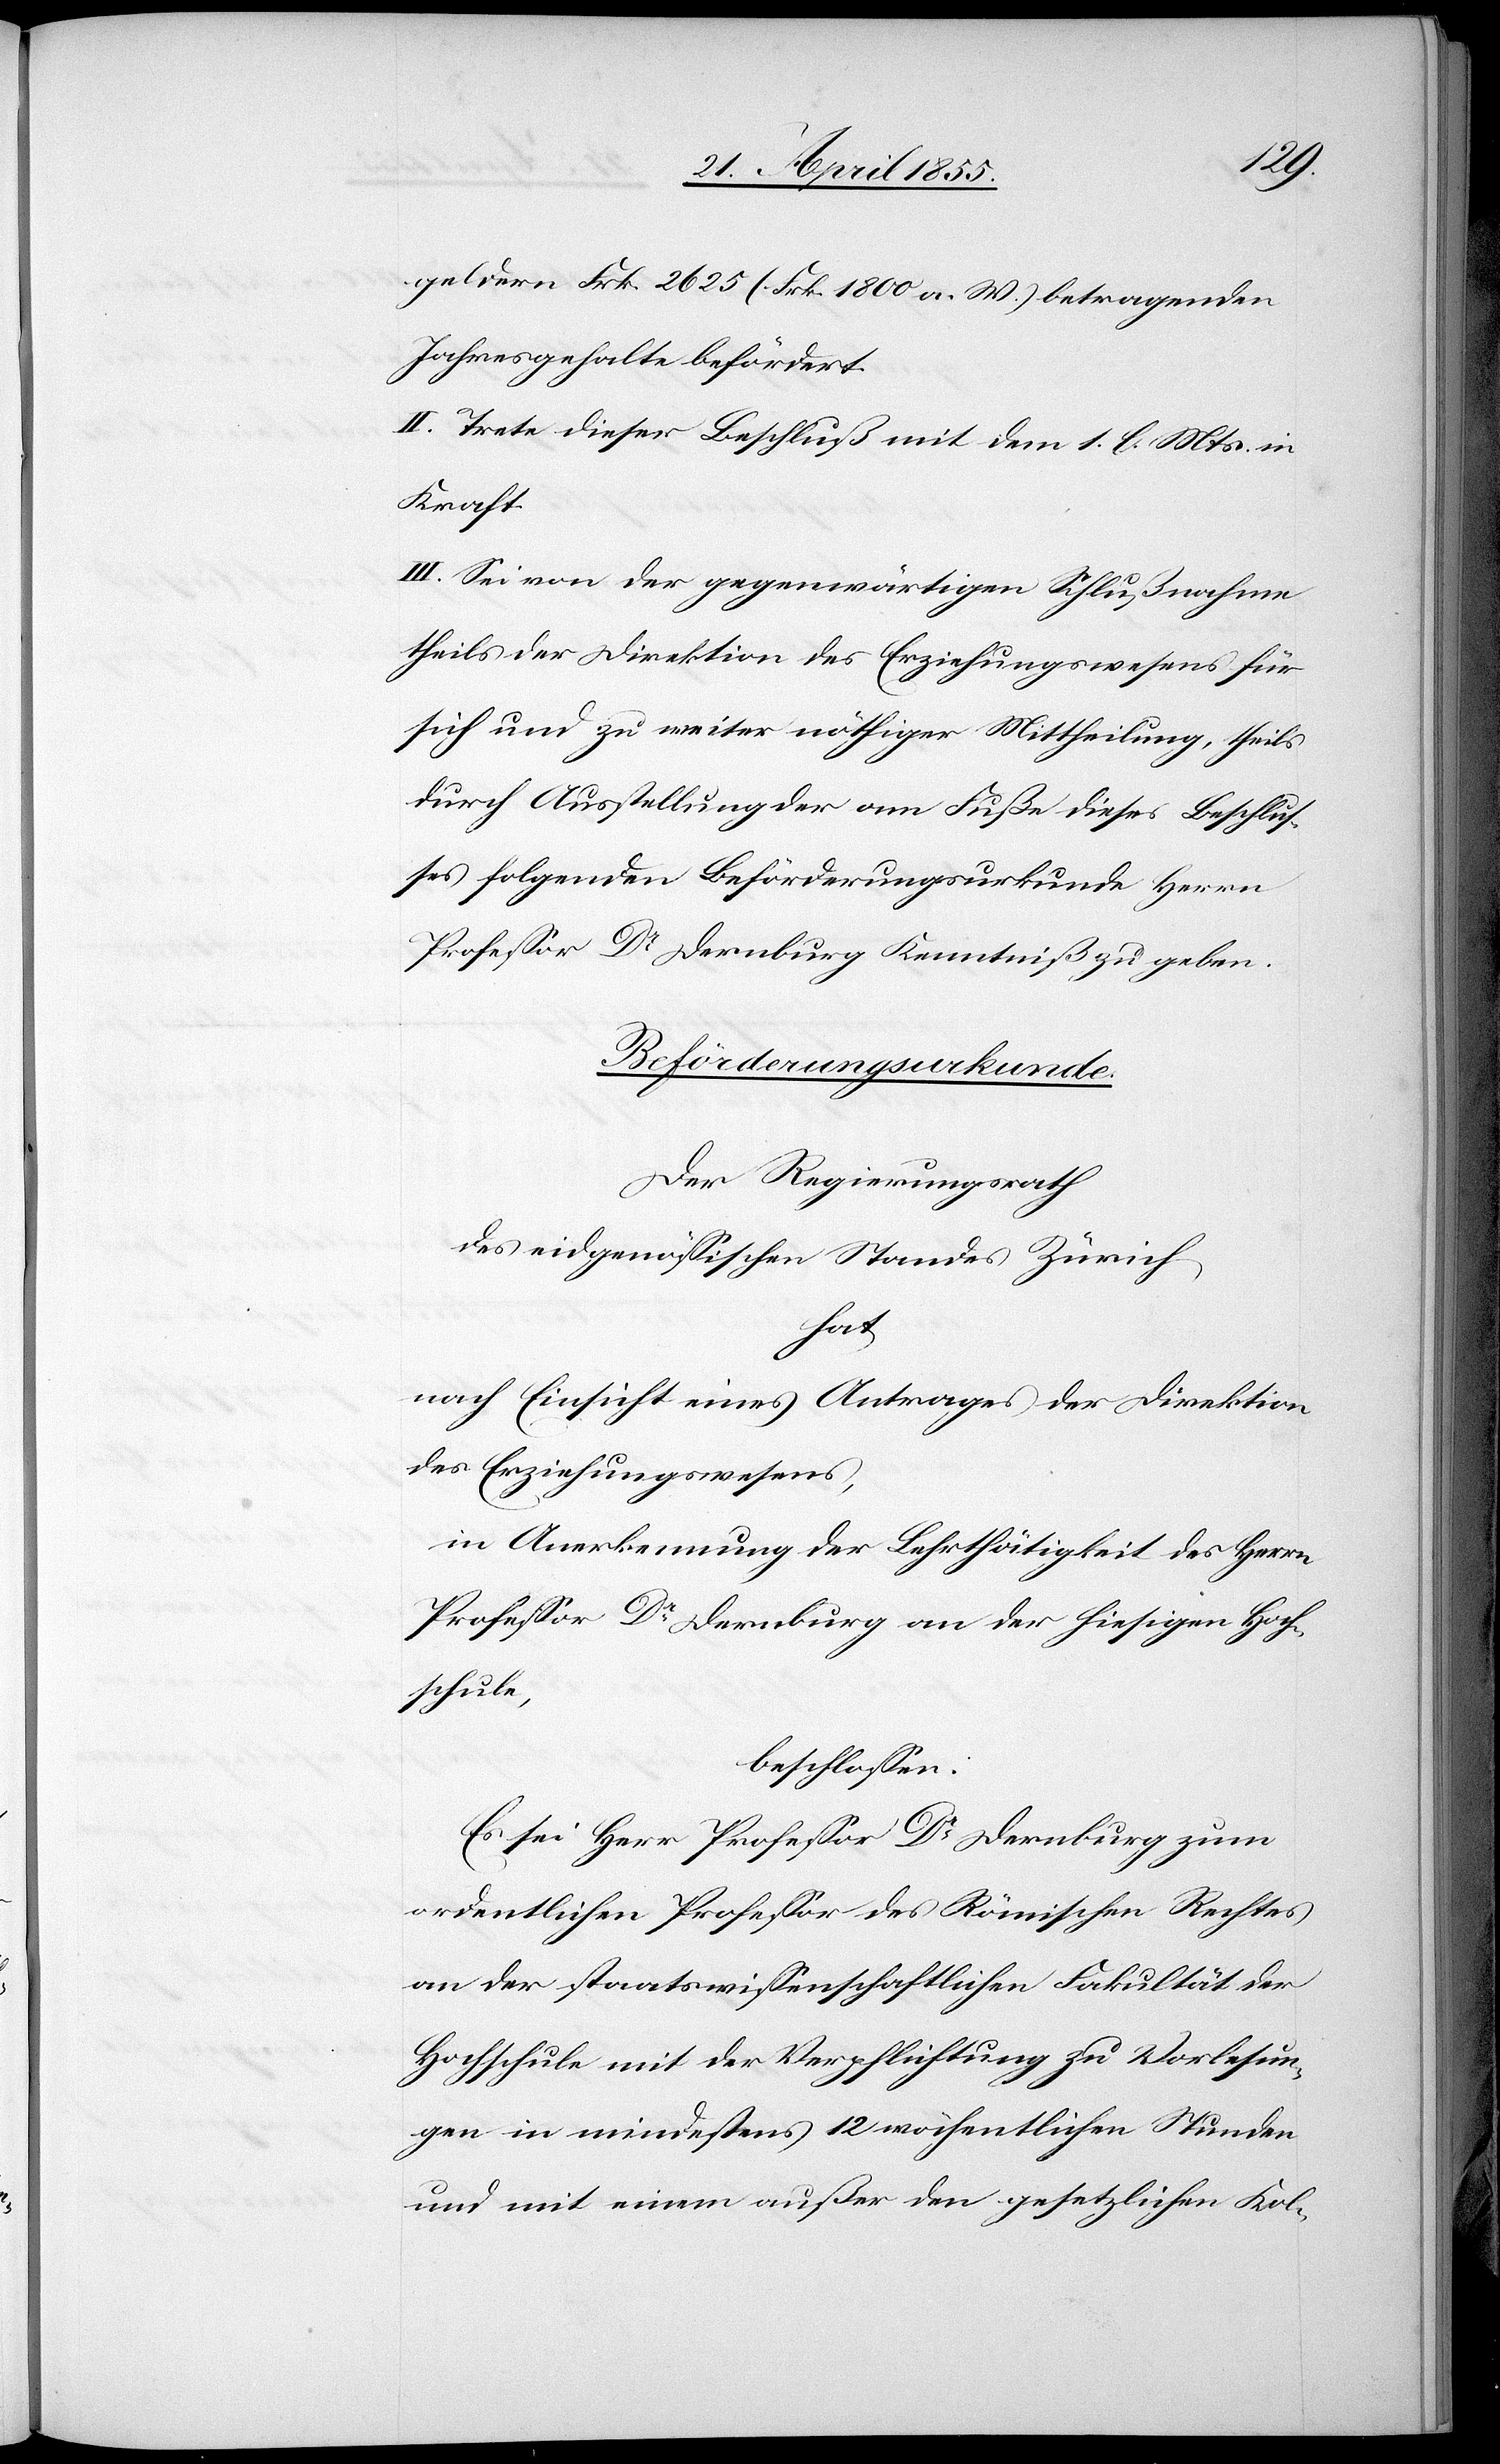
geldern Frk. 2625 (Frk. 1800 a. W.) betragenden
Jahresgehalte befördert.
II. Trete dieser Beschluß mit dem 1. l. Mts. in
Kraft.
III. Sei von der gegenwärtigen Schlußnahme
theils der Direktion des Erziehungswesens für
sich und zu weiter nöthiger Mittheilung, theils
durch Ausstellung der am Fuße dieses Beschlus¬
ses folgenden Beförderungsurkunde Herrn
Professor Dr Dernburg Kenntniß zu geben.
Beförderungsurkunde.
Der Regierungsrath
des eidgenössischen Standes Zürich
hat
nach Einsicht eines Antrages der Direktion
des Erziehungswesens,
in Anerkennung der Lehrthätigkeit des Herrn
Professor Dr Dernburg an der hiesigen Hoch¬
schule,
beschlossen:
Es sei Herr Professor Dr Dernburg zum
ordentlichen Professor des Römischen Rechtes
an der staatswissenschaftlichen Fakultät der
Hochschule mit der Verpflichtung zu Vorlesun¬
gen in mindestens 12 wöchentlichen Stunden
und mit einem außer den gesetzlichen Kol-